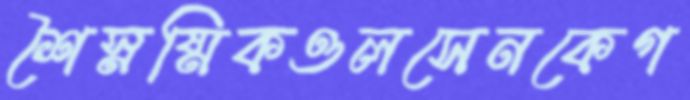
শৈস্নষ্মিকওলসেনকেগ